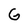
Character: G